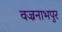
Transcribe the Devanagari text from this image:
वज्रनाभपुर